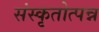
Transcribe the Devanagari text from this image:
संस्कृतोत्पन्न